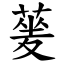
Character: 蓌